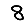
Digit: 8